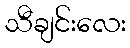
သီချင်းလေး